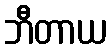
ဘီတာယ